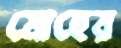
মোহের